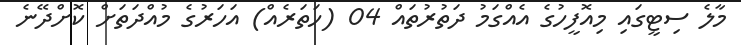
މާލެ ސިޓީގައި މިއޮފީހުގެ އެއްގަމު ދަތުރުތައް 04 (ހަތަރެއް) އަހަރުގެ މުއްދަތަށް ކޮށްދޭނެ